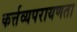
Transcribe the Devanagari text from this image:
कर्त्तव्यपरायणता